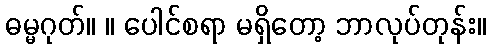
ဓမ္မဂုတ်။ ။ ပေါင်စရာ မရှိတော့ ဘာလုပ်တုန်း။